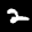
Label: 2